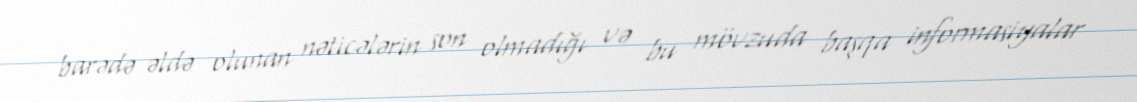
barədə əldə olunan nəticələrin son olmadığı və bu mövzuda başqa informasiyalar